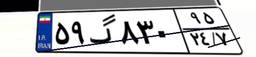
۵۳گ۷۱۳۷۳